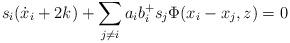
LaTeX: \begin{align*}s_i(\dot{x}_i+2k)+\sum_{j\neq i}a_ib_i^+ s_j\Phi(x_i-x_j,z)=0\end{align*}